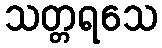
သတ္တရသေ